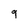
Character: 9